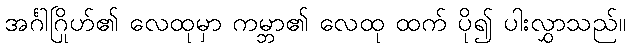
အင်္ဂါဂြိုဟ်၏ လေထုမှာ ကမ္ဘာ၏ လေထု ထက် ပို၍ ပါးလွှာသည်။